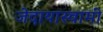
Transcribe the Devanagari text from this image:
जेदायास्वामी